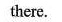
there.